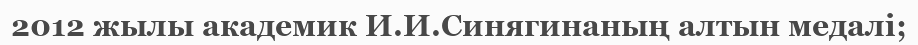
2012 жылы академик И.И.Синягинаның алтын медалі;